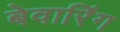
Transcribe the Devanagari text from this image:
बेवारिंग